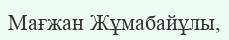
Мағжан Жұмабайұлы,